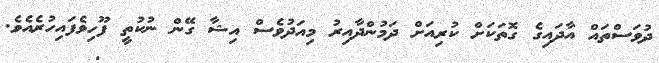
ދުވަސްތައް އާދައިގެ ގޮތަކަށް ކުރިއަށް ދަމުންދާއިރު މިއަދުވެސް އިޝާ ގޭން ނުކުތީ ފޫހިވެފައިހުރެއެވެ.